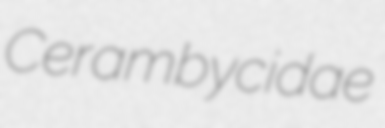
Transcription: Cerambycidae